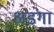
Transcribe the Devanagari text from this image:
अडंगा